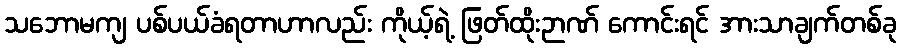
သဘောမကျ ပစ်ပယ်ခံရတာဟာလည်း ကိုယ့်ရဲ့ ဖြတ်ထိုးဉာဏ် ကောင်းရင် အားသာချက်တစ်ခု